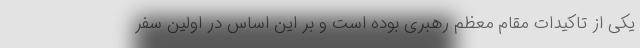
یکی از تاکیدات مقام معظم رهبری بوده است و بر این اساس در اولین سفر